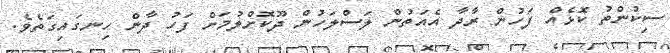
ސިކުންތު ކޮޅެއް ފަހުން ރާދާ އެއަތުން ލަސްލަހުން ދޫކޮށްލުމަށް ފަހު ދާން ހިނގައިގަތެވެ.